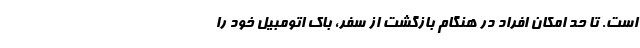
است. تا حد امکان افراد در هنگام بازگشت از سفر، باک اتومبیل خود را